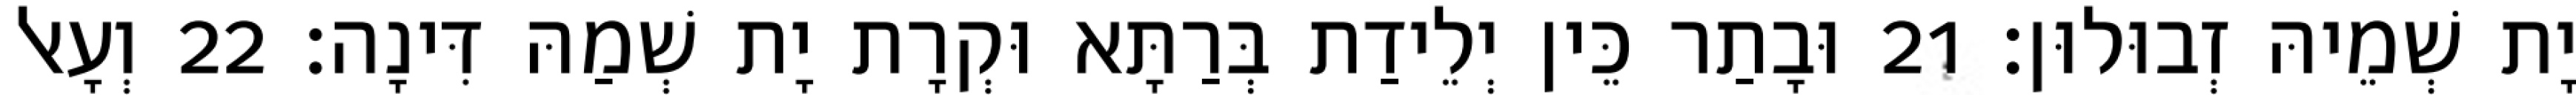
יָת שְׁמֵיהּ זְבוּלוּן׃ 21 וּבָתַר כֵּין יְלֵידַת בְּרַתָּא וּקְרָת יָת שְׁמַהּ דִּינָה׃ 22 וְעָאל